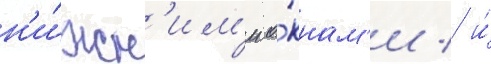
н'и́жн'им'и о́кнам'и / и́